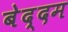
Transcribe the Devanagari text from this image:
बेद्दम